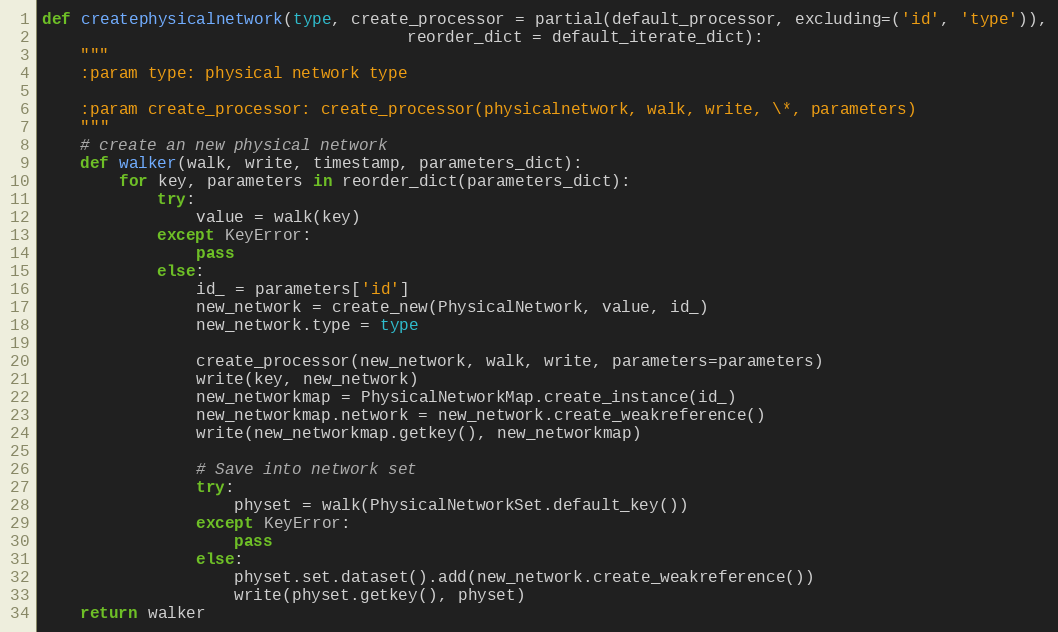
Language: Python
def createphysicalnetwork(type, create_processor = partial(default_processor, excluding=('id', 'type')),
                                      reorder_dict = default_iterate_dict):
    """
    :param type: physical network type

    :param create_processor: create_processor(physicalnetwork, walk, write, \*, parameters)
    """
    # create an new physical network
    def walker(walk, write, timestamp, parameters_dict):
        for key, parameters in reorder_dict(parameters_dict):
            try:
                value = walk(key)
            except KeyError:
                pass
            else:
                id_ = parameters['id']
                new_network = create_new(PhysicalNetwork, value, id_)
                new_network.type = type

                create_processor(new_network, walk, write, parameters=parameters)
                write(key, new_network)
                new_networkmap = PhysicalNetworkMap.create_instance(id_)
                new_networkmap.network = new_network.create_weakreference()
                write(new_networkmap.getkey(), new_networkmap)

                # Save into network set
                try:
                    physet = walk(PhysicalNetworkSet.default_key())
                except KeyError:
                    pass
                else:
                    physet.set.dataset().add(new_network.create_weakreference())
                    write(physet.getkey(), physet)
    return walker